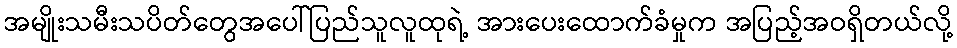
အမျိုးသမီးသပိတ်တွေအပေါ်ပြည်သူလူထုရဲ့ အားပေးထောက်ခံမှုက အပြည့်အဝရှိတယ်လို့